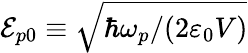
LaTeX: {\cal E}_{p0}\equiv\sqrt{\hbar\omega_{p}/(2\varepsilon_{0}V)}